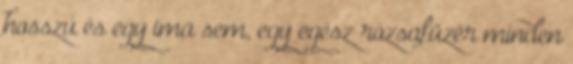
hosszú és egy ima sem, egy egész rózsafüzér minden